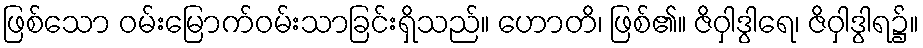
ဖြစ်သော ဝမ်းမြောက်ဝမ်းသာခြင်းရှိသည်။ ဟောတိ၊ ဖြစ်၏။ ဇိဝှါဒွါရေ၊ ဇိဝှါဒွါရ၌။